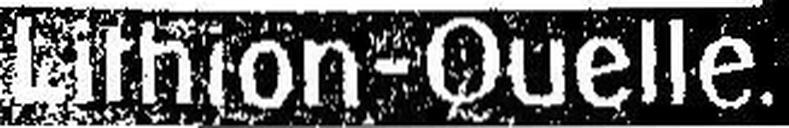
Lithion-Quelle.